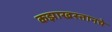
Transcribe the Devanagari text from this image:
कझाखस्तानचे